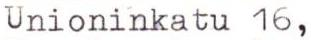
Unioninkatu 16,